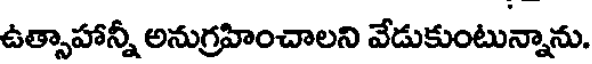
ఉత్సాహాన్నీ అనుగ్రహించాలని వేడుకుంటున్నాను.